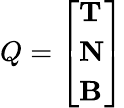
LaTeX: Q=\left[{\begin{array}{l}{\mathbf{T}}\\ {\mathbf{N}}\\ {\mathbf{B}}\end{array}}\right]